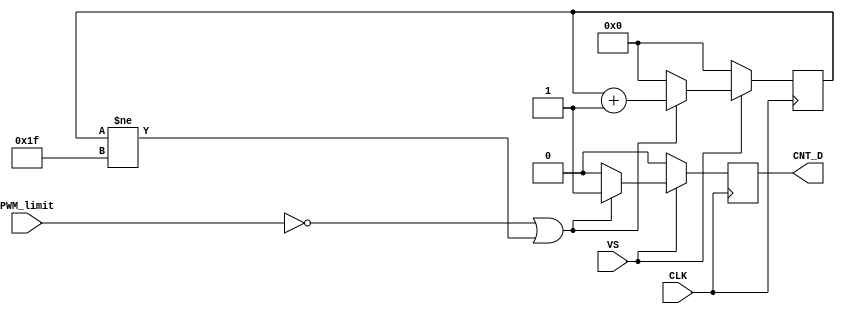
module vert_counter(
   input wire CLK,
   input wire VS,         // vertical sweep enable
   input wire PWM_limit,  // vertical sweep enable FSM defined
   output reg CNT_D       // counter down enable
);

reg [4:0] currcount = 5'b00_000;

always @(posedge CLK) begin
   if (VS == 1'b1) begin
      if (PWM_limit == 1'b0 | currcount != 5'b11_111) begin
         CNT_D <= 1'b1;
         currcount <= currcount + 1;
      end
      else begin
         currcount <= 5'b00_000;
         CNT_D <= 1'b0;
      end
   end
   else begin
      currcount <= 5'b00_000;
      CNT_D <= 1'b0;
   end
end

endmodule

// module vert_counter(
//    input wire CLK,
//    input wire VS, // horizontal sweep enable FSM defined
//    input wire PWM_limit, // horizontal sweep enable FSM defined
//    output reg CNT_D // counter left enable
// );
//
// // Maximum count for horizontal movement (it sets the servos limits)
// //reg [12:0] currcount = 13'b0_000_000_000_000; // **TODO: value to be defined
//
// // Reduced count to view all the calibration steps in a reasonable simulation
// // time
// // reg [8:0] currcount = 9'b000_000_000; // **TODO: value to be defined
//
// always @(posedge CLK, posedge VS) begin : P1
//
//    if(VS == 1'b1 & PWM_limit == 1'b1) begin
//          CNT_D <= 1'b1;
//    end
//    else begin
//       //currcount <= 13'b0_000_000_000_000;
//       CNT_D <= 1'b0;
//    end
// end
//
//
// endmodule

// //-------------------------------------------------------------------------------- Module Name: max_counter - Behavioral
// // Project Name: 
// // Target Devices: 
// // Description: 
// // 
// // Dependencies: 
// // 
// // Additional Comments:
// // 
// //--------------------------------------------------------------------------------
//
// module vert_counter(
//    input wire CLK,
//    input wire VS, // vertical sweep enable
//    output reg CNT_D // counter down enable
// );
//
// // Maximum count for horizontal movement (it sets the servos limits)
// // reg [11:0] currcount = 12'b000_000_000_000; // **TODO: value to be defined
//
// // Reduced count to view all the calibration steps in a reasonable simulation
// // time
// reg [8:0] currcount = 9'b000_000_000; // **TODO: value to be defined
//
// always @(posedge CLK, posedge VS) begin : P1
//
//    if(VS == 1'b1) begin
//       currcount <= currcount + 1;
//       // if(currcount == 12'b111_111_111_111) begin
//       if(currcount == 9'b111_111_111) begin
//          CNT_D <= 1'b0;
//       end
//       else begin
//          CNT_D <= 1'b1;
//       end
//    end
//    else if(VS == 1'b0) begin
//       // currcount <= 12'b000_000_000_000;
//       currcount <= 9'b000_000_000;
//       CNT_D <= 1'b0;
//    end
// end
//
//
// endmodule